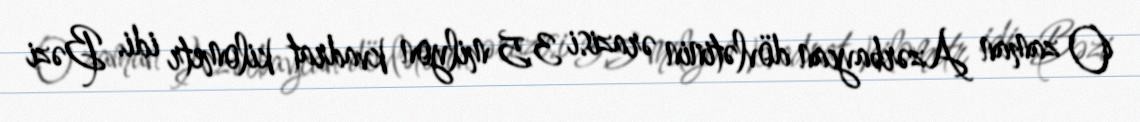
O zaman Azərbaycan dövlətinin ərazisi 3,5 milyon kvadrat kilometr idi. Bəzi